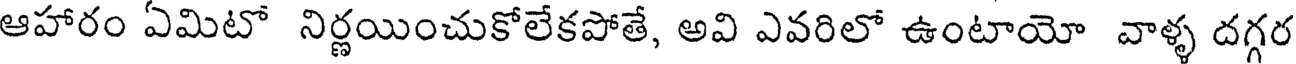
ఆహారం ఏమిటో నిర్ణయించుకోలేకపోతే, అవి ఎవరిలో ఉంటాయో వాళ్ళ దగ్గర